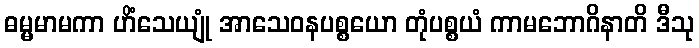
ဓမ္မမာမကာ ဟိံသေယျုံ အာသေဝနပစ္စယော တုံပစ္စယံ ကာမဘောဂိနာတိ ဒီသု